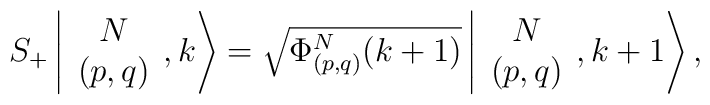
S_+\left\vert \begin{array}{c} N\\ (p,q) \end{array}, k \right>= \sqrt{ \Phi^N_{(p,q)}(k+1)}\left\vert \begin{array}{c} N\\ (p,q) \end{array}, k +1\right>,